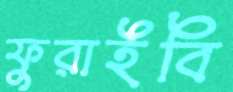
ফুরাইবি